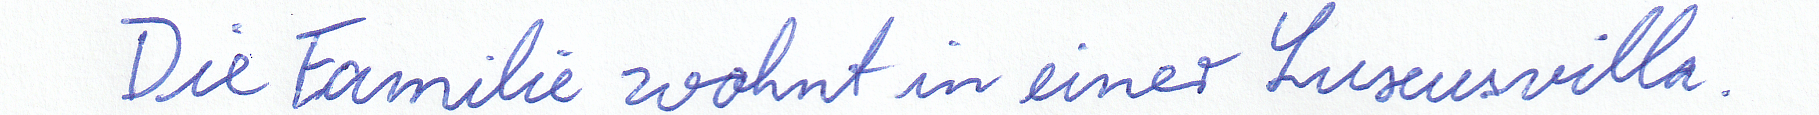
Die Familie wohnt in einer Luxusvilla.